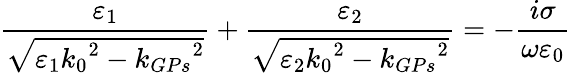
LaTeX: \frac{\varepsilon_{1}}{\sqrt{\varepsilon_{1}{k_{0}}^{2}-{k_{GPs}}^{2}}}+\frac{\varepsilon_{2}}{\sqrt{\varepsilon_{2}{k_{0}}^{2}-{k_{GPs}}^{2}}}=-\frac{i\sigma}{\omega\varepsilon_{0}}